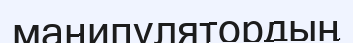
манипулятордың